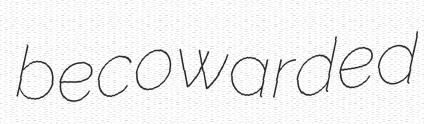
becowarded